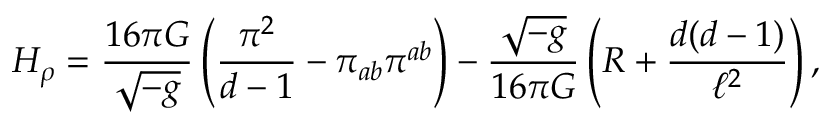
{ \cal H } _ { \rho } = \frac { 1 6 \pi G } { \sqrt { - g } } \left( \frac { \pi ^ { 2 } } { d - 1 } - \pi _ { a b } \pi ^ { a b } \right) - \frac { \sqrt { - g } } { 1 6 \pi G } \left( R + \frac { d ( d - 1 ) } { \ell ^ { 2 } } \right) ,